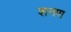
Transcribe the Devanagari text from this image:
शनण